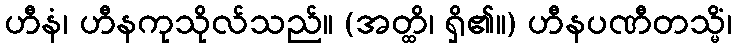
ဟီနံ၊ ဟီနကုသိုလ်သည်။ (အတ္ထိ၊ ရှိ၏။) ဟီနပဏီတသ္မိံ၊